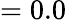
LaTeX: =0.0